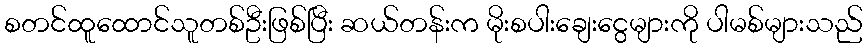
စတင်ထူထောင်သူတစ်ဦးဖြစ်ပြီး ဆယ်တန်းက မိုးစပါးချေးငွေများကို ပါမစ်များသည်